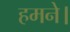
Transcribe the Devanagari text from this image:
हमने।